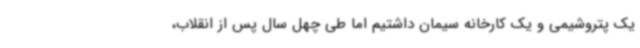
یک پتروشیمی و یک کارخانه سیمان داشتیم اما طی چهل سال پس از انقلاب،